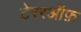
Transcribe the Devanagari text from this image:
टेररऑफ़